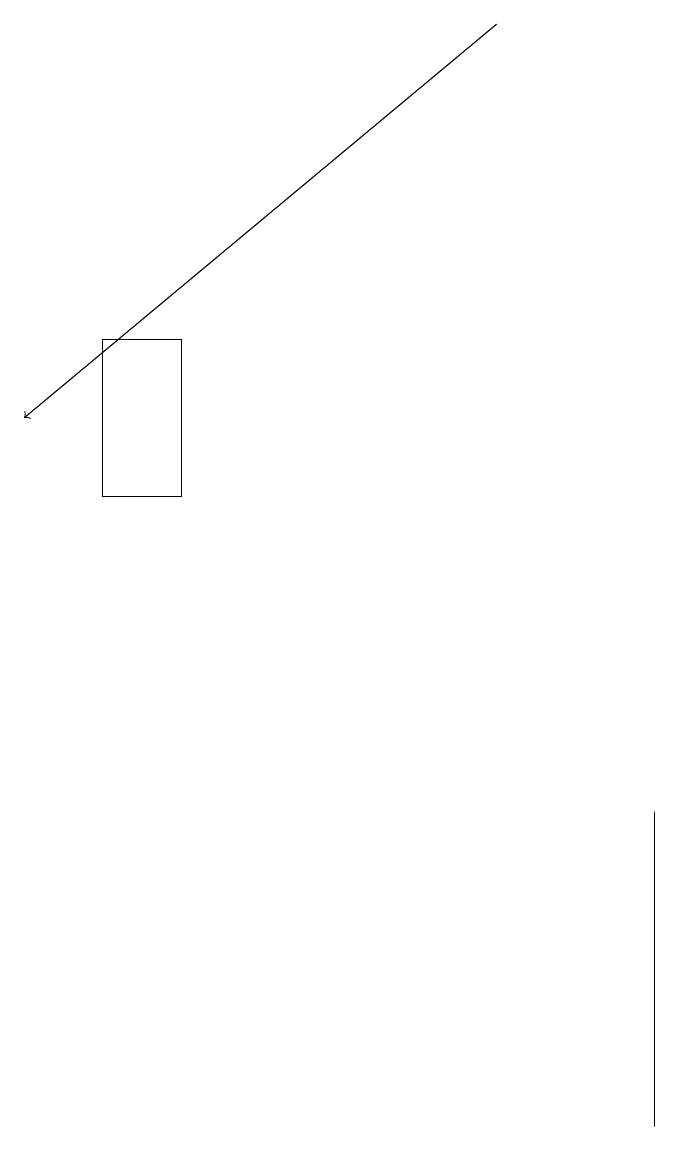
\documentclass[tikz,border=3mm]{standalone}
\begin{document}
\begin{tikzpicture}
\draw (1,11) rectangle (2,13);
\draw[->] (6,17) -- (0,12);
\draw (8,6) -- (8,3) -- (8,7) -- cycle;
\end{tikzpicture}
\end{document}